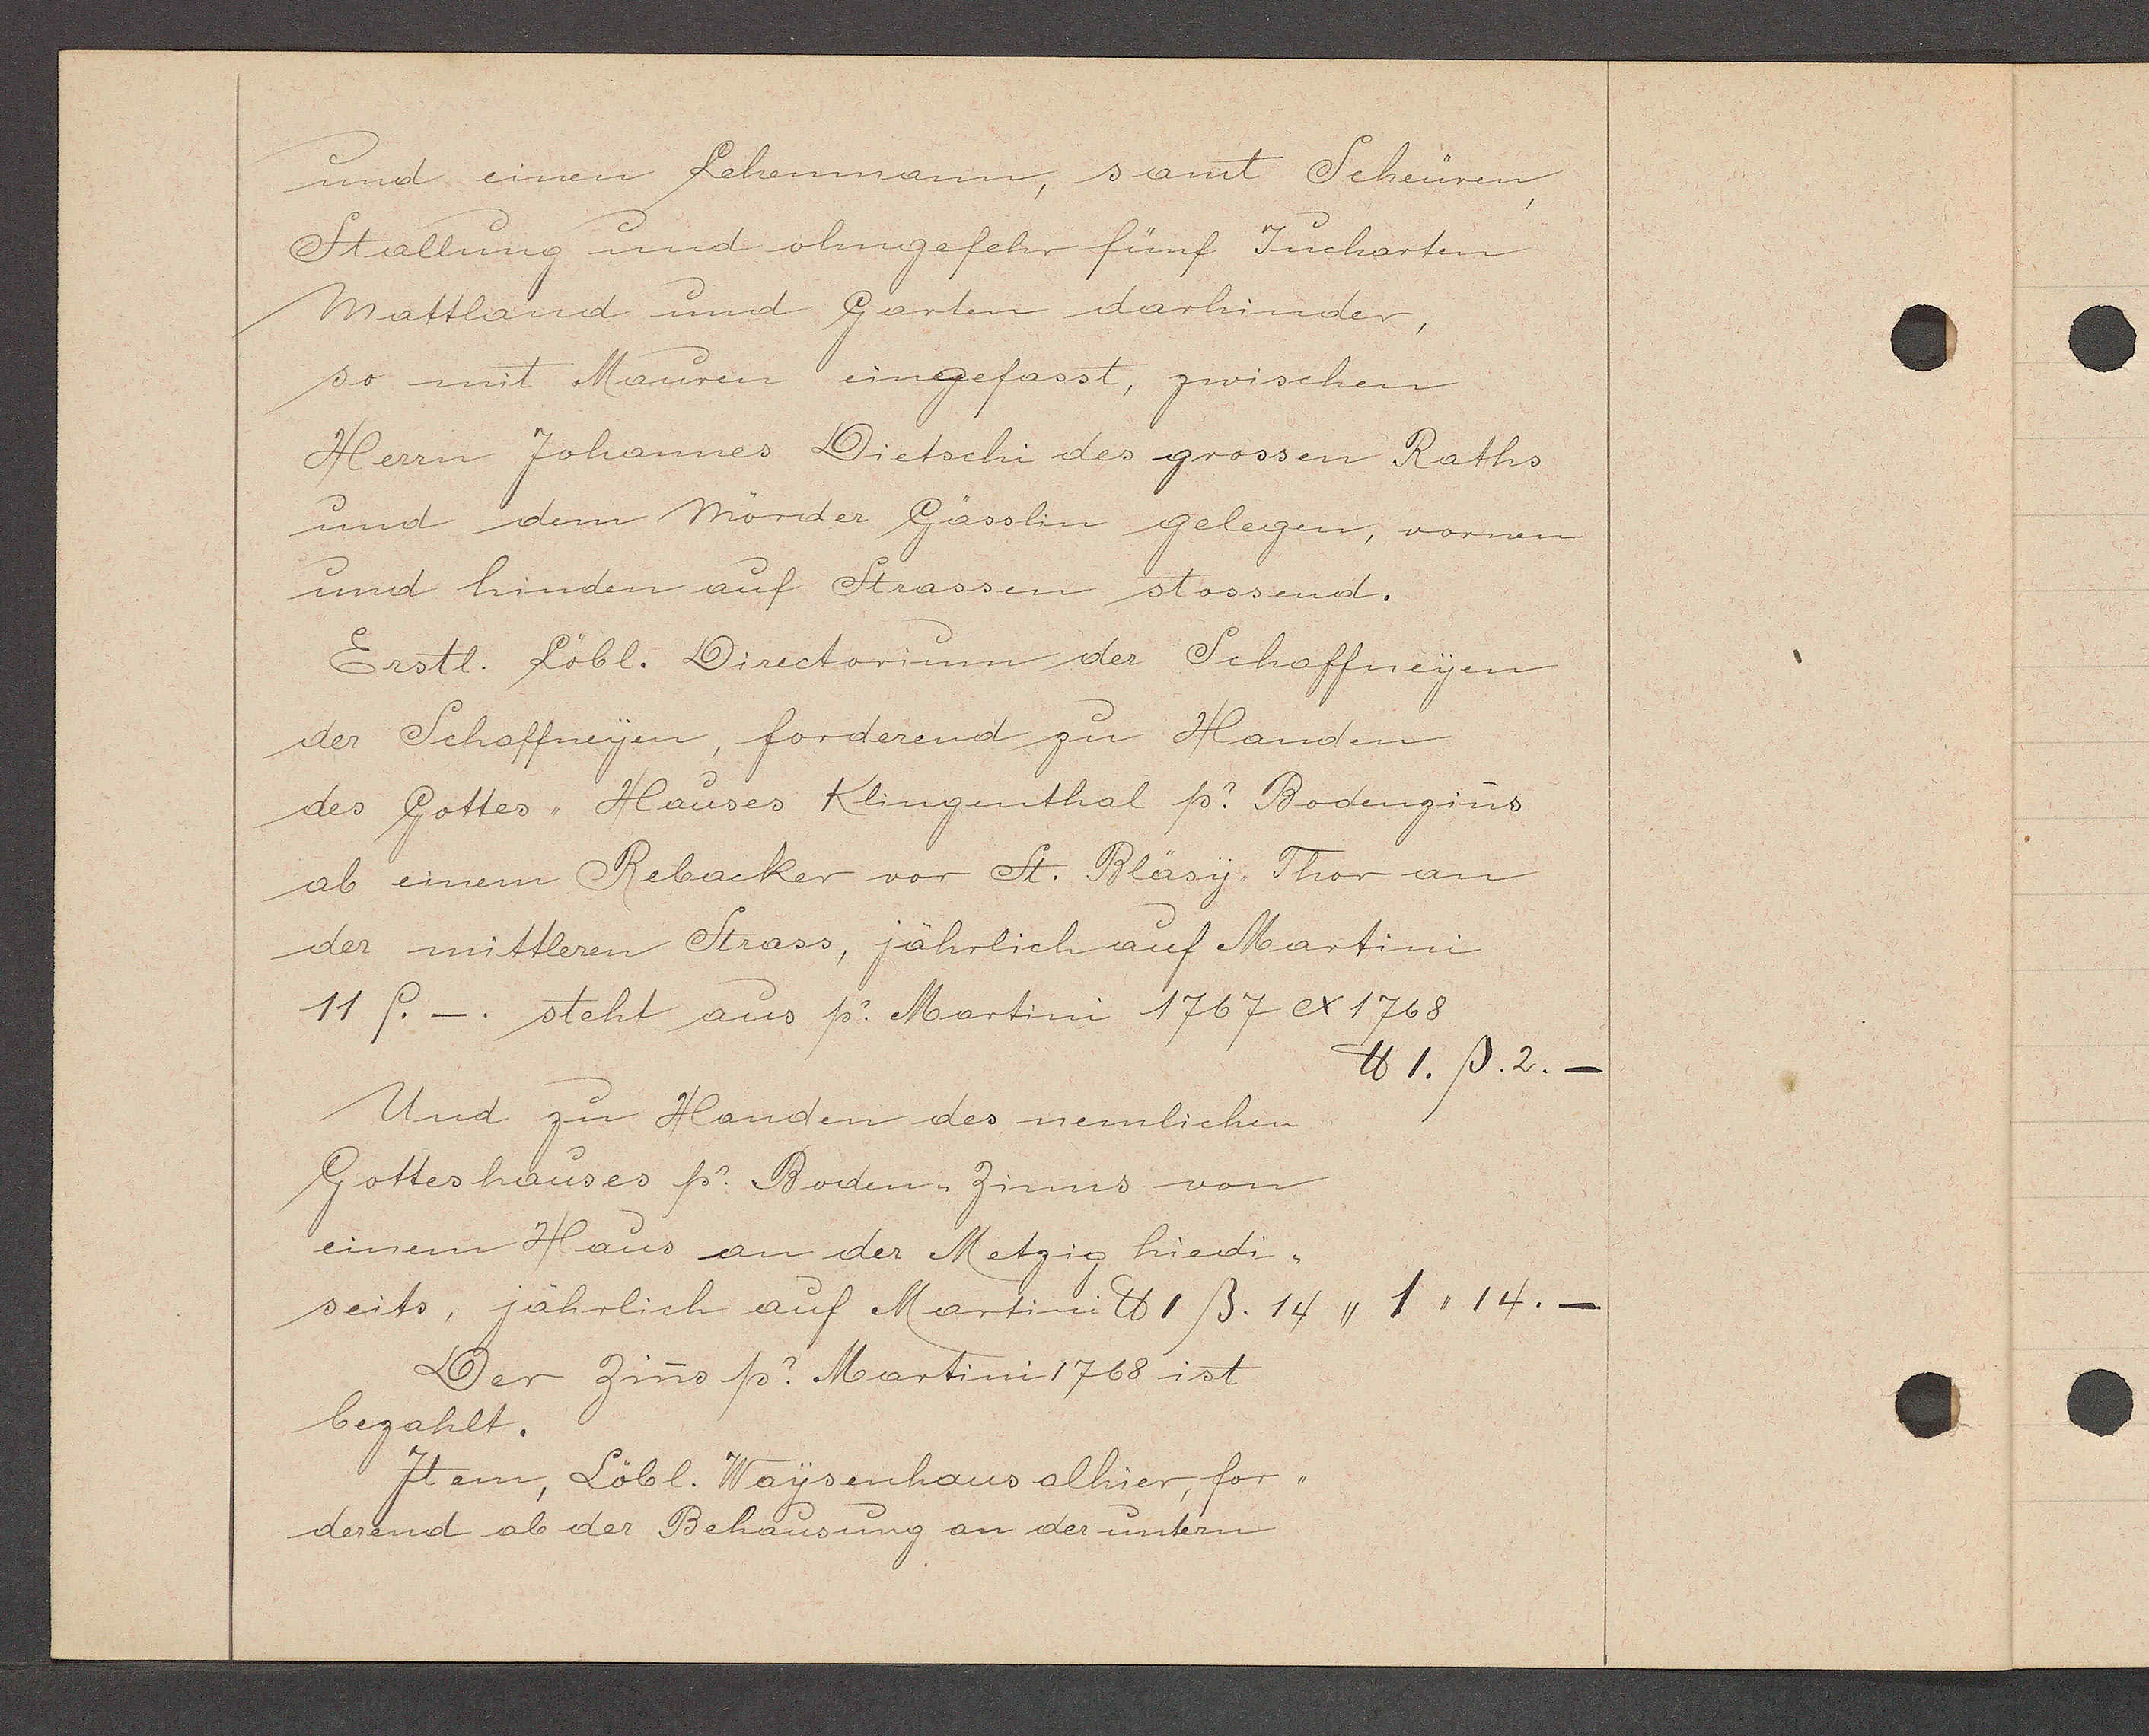
Transcript:
und einen Lehenmann, sant Scheuren
Stallung und ohngefahr fünf Jucharten
Mattland und Garten darhinder,
so mit Mauren eingefasst, zwischen
Herrn Johannes Dietschi des grossen Raths
und dem mörder Gässlin gelegen, vornen
und hinden auf Strassen stossend.
Erstl. Löbl. Directorium der Schaffneyen
der Schaffneyen, forderend zu Handen
des Gottes,, Hauses Klingenthal p. Bodenzins
ab einem Rebacker vor St. Bläsy Thor an
der mittleren Strass, jährlich auf Martini
11 f. _. steht aus p. Martini 1767 ex 1768
℔ 1. ß. 2.
Und zu Handen des nemlichen
Gotteshauses p. Boden Zinns von
einem Haus an der Metzig hiedi¬
seits, jährlich auf Martini ℔ 1 ß. 14,, 1,, 14._
Der Zins p. Martini 1768 ist
bezahlt.
Item, Löbl. Waysenhaus alhier for¬
derend ab der Behausung an der untern